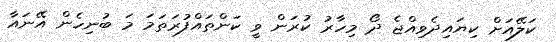
ކަލޭއަށް ކިޔައިދެވިއްޖެ ދޯ މިހާރު ކުރަން ވީ ކަންތައްފުރަތަމަ މަ ބުނިހެން އޭނައާ